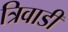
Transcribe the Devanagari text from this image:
त्रिवाडी